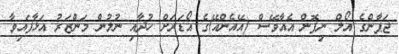
ޖަޕާންގެ އޯލް ނިޕޮން އެއާވޭސް (އޭއެންއޭ)ގެ އޯޑަރަށް ހުދާއި ނުލުން މަންޒަރު އަޅާފައިވާ